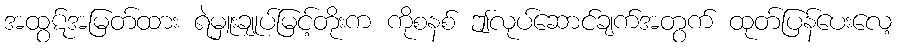
အထွဋ်အမြတ်ထား ရဲမှူးချုပ်မြင့်တိုးက ကိုစနစ် ဤလုပ်ဆောင်ချက်အတွက် ထုတ်ပြန်ပေးလေ့